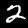
Digit: 2